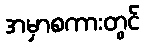
အမှာစကားတွင်